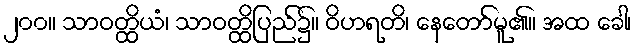
၂၀၀။ သာဝတ္ထိယံ၊ သာဝတ္ထိပြည်၌။ ဝိဟရတိ၊ နေတော်မူ၏။ အထ ခေါ၊